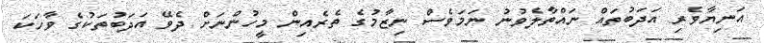
އަނިޔާވެރި އަދަބުތައް ނައްތާލެވުނު ނަމަވެސް ނިޒާމުގެ ތެރެއިން މީހުންނަށް ދެވޭ އަދަބުތަކުގެ ވާހަކަ